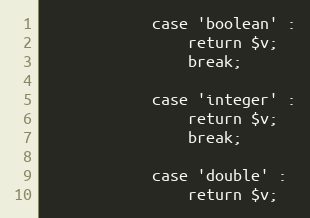
Language: PHP
            case 'boolean' :
                return $v;
                break;

            case 'integer' :
                return $v;
                break;

            case 'double' :
                return $v;